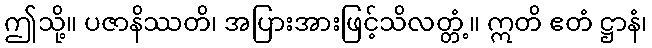
ဤသို့။ ပဇာနိဿတိ၊ အပြားအားဖြင့်သိလတ္တံ့။ ဣတိ ဧတံ ဋ္ဌာနံ၊